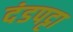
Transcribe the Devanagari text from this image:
दंडपट्टा